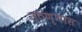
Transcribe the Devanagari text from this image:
उठण्यास